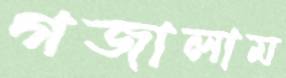
গজালাম